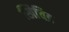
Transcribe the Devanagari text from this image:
खिचिड